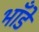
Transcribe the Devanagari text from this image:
भाँडे